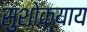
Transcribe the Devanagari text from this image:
सुशोक्याय